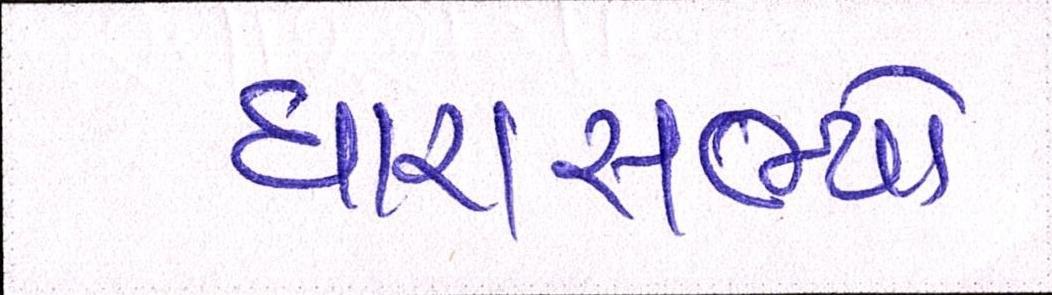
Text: ધારાસભ્યો